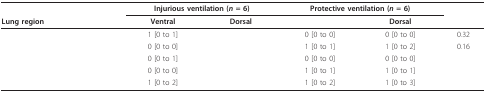
<table><thead><tr><td>[EMPTY_CELL]</td><td colspan="2"><b>Injurious ventilation (<i>n </i>= 6)</b></td><td colspan="2"><b>Protective ventilation (<i>n </i>= 6)</b></td><td>[EMPTY_CELL]</td></tr><tr><td><b>Lung region</b></td><td><b>Ventral</b></td><td><b>Dorsal</b></td><td>[EMPTY_CELL]</td><td><b>Dorsal</b></td><td>[EMPTY_CELL]</td></tr></thead><tbody><tr><td>[EMPTY_CELL]</td><td>1 [0 to 1]</td><td>[EMPTY_CELL]</td><td>0 [0 to 0]</td><td>0 [0 to 0]</td><td>0.32</td></tr><tr><td>[EMPTY_CELL]</td><td>0 [0 to 0]</td><td>[EMPTY_CELL]</td><td>1 [0 to 1]</td><td>1 [0 to 2]</td><td>0.16</td></tr><tr><td>[EMPTY_CELL]</td><td>0 [0 to 1]</td><td>[EMPTY_CELL]</td><td>0 [0 to 0]</td><td>0 [0 to 0]</td><td>[EMPTY_CELL]</td></tr><tr><td>[EMPTY_CELL]</td><td>0 [0 to 0]</td><td>[EMPTY_CELL]</td><td>1 [0 to 1]</td><td>1 [0 to 1]</td><td>[EMPTY_CELL]</td></tr><tr><td>[EMPTY_CELL]</td><td>1 [0 to 2]</td><td>[EMPTY_CELL]</td><td>1 [0 to 2]</td><td>1 [0 to 3]</td><td>[EMPTY_CELL]</td></tr></tbody></table>